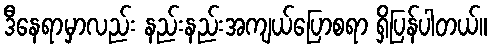
ဒီနေရာမှာလည်း နည်းနည်းအကျယ်ပြောစရာ ရှိပြန်ပါတယ်။